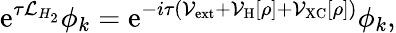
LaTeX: \mathrm{e}^{\tau\mathcal{L}_{H_{2}}}\phi_{k}=\mathrm{e}^{-i\tau\left(\mathcal{V}_{\mathrm{ext}}+\mathcal{V}_{\mathrm{H}}[\rho]+\mathcal{V}_{\mathrm{XC}}[\rho]\right)}\phi_{k},